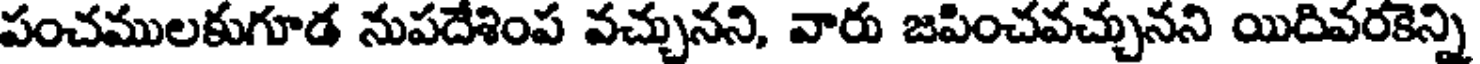
పంచములకుగూడ నుపదేశింప వచ్చునని, వారు జపించవచ్చునని యిదివరకెన్ని